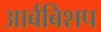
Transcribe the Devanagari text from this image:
आर्बबिशप